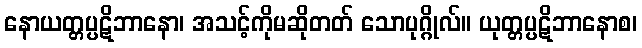
နောယတ္တပ္ပဋိဘာနော၊ အသင့်ကိုမဆိုတတ် သောပုဂ္ဂိုလ်။ ယုတ္တပ္ပဋိဘာနောစ၊